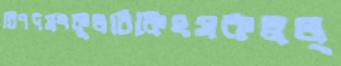
বিপদসংকুলচিকিৎসকস্বল্